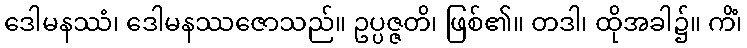
ဒေါမနဿံ၊ ဒေါမနဿဇောသည်။ ဥပ္ပဇ္ဇတိ၊ ဖြစ်၏။ တဒါ၊ ထိုအခါ၌။ ကိံ၊